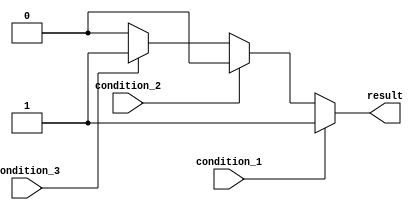
module priority_case_statement (
    input wire condition_1,
    input wire condition_2,
    input wire condition_3,
    output reg result
);

always @ (*)
begin
    case (1'b1)
        condition_1: result = 1;
        condition_2: result = 2;
        condition_3: result = 3;
        default: result = 0;
    endcase
end

endmodule